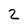
Character: 2